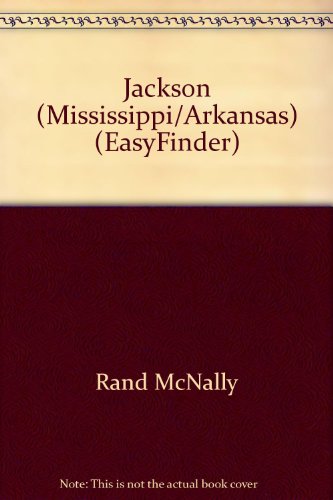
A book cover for Jackson (Mississippi/Arkansas) (EasyFinder); Rand McNally; Travel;